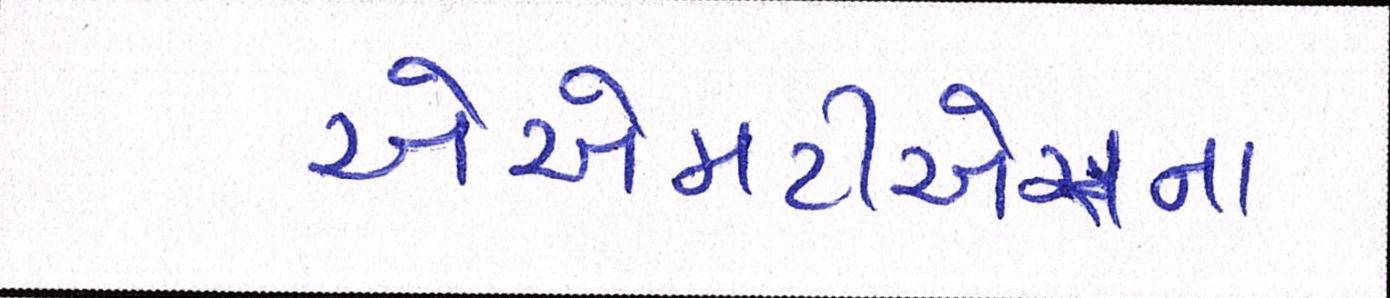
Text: એએમટીએસના